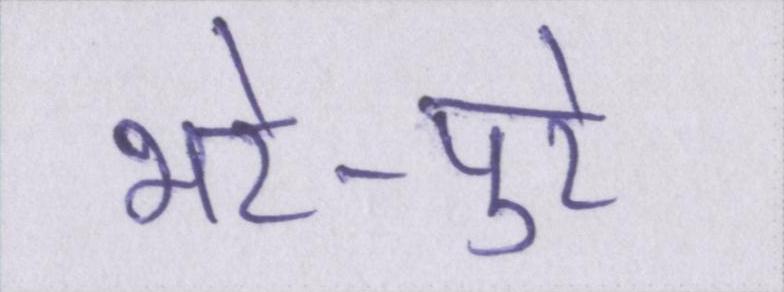
भरे-पुरे